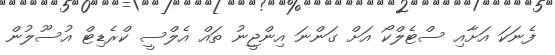
ފެނަކަ އަށާއި ސްޓެލްކޯ އަށް ގަންނަ އިންޖީނު ތައް އެލްސީ ކްރެޑިޓް އުސޫލުން